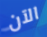
الآن